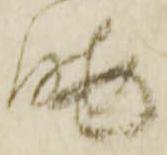
暇